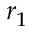
r _ { 1 }